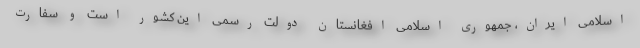
اسلامی ایران، جمهوری اسلامی افغانستان دولت رسمی این کشور است و سفارت